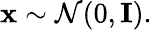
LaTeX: \begin{array}{r}{{\mathbf x}\sim\mathcal{N}(0,{\mathbf I}).}\end{array}